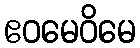
ဧဝမေဝိမေ